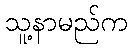
သူ့နာမည်က